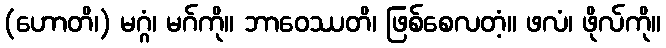
(ဟောတိ၊) မဂ္ဂံ၊ မဂ်ကို။ ဘာဝေဿတိ၊ ဖြစ်စေလတံ့။ ဖလံ၊ ဖိုလ်ကို။